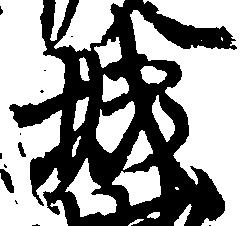
城